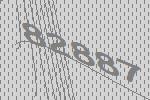
82887